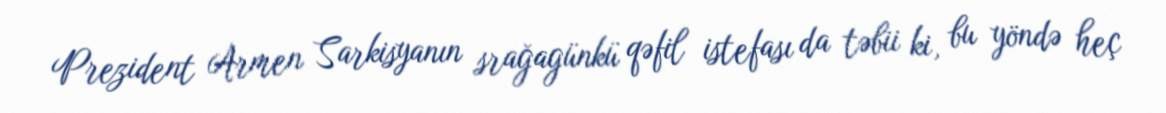
Prezident Armen Sarkisyanın srağagünkü qəfil istefası da təbii ki, bu yöndə heç